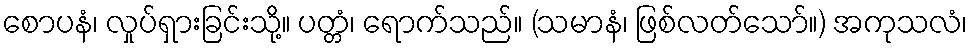
စောပနံ၊ လှုပ်ရှားခြင်းသို့။ ပတ္တံ၊ ရောက်သည်။ (သမာနံ၊ ဖြစ်လတ်သော်။) အကုသလံ၊